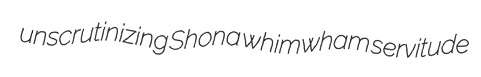
unscrutinizing Shona whimwham servitude